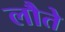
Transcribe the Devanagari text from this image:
लौते